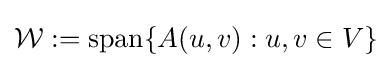
{\mathcal {W}}:=\operatorname {span} \{A(u,v):u,v\in V\}